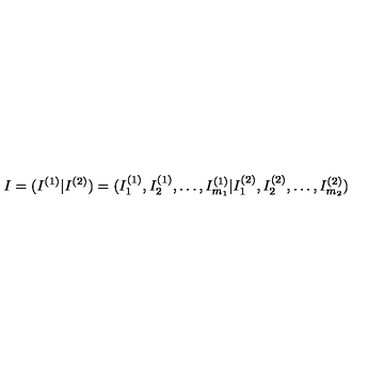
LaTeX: I = ( I ^ { ( 1 ) } | I ^ { ( 2 ) } ) = ( I _ { 1 } ^ { ( 1 ) } , I _ { 2 } ^ { ( 1 ) } , \ldots , I _ { m _ { 1 } } ^ { ( 1 ) } | I _ { 1 } ^ { ( 2 ) } , I _ { 2 } ^ { ( 2 ) } , \ldots , I _ { m _ { 2 } } ^ { ( 2 ) } )